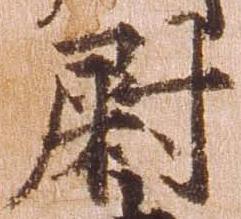
尉